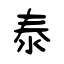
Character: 泰